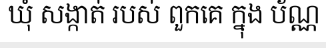
ឃុំ សង្កាត់ របស់ ពួកគេ ក្នុង ប័ណ្ណ